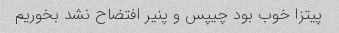
پیتزا خوب بود چیپس و پنیر افتضاح نشد بخوریم